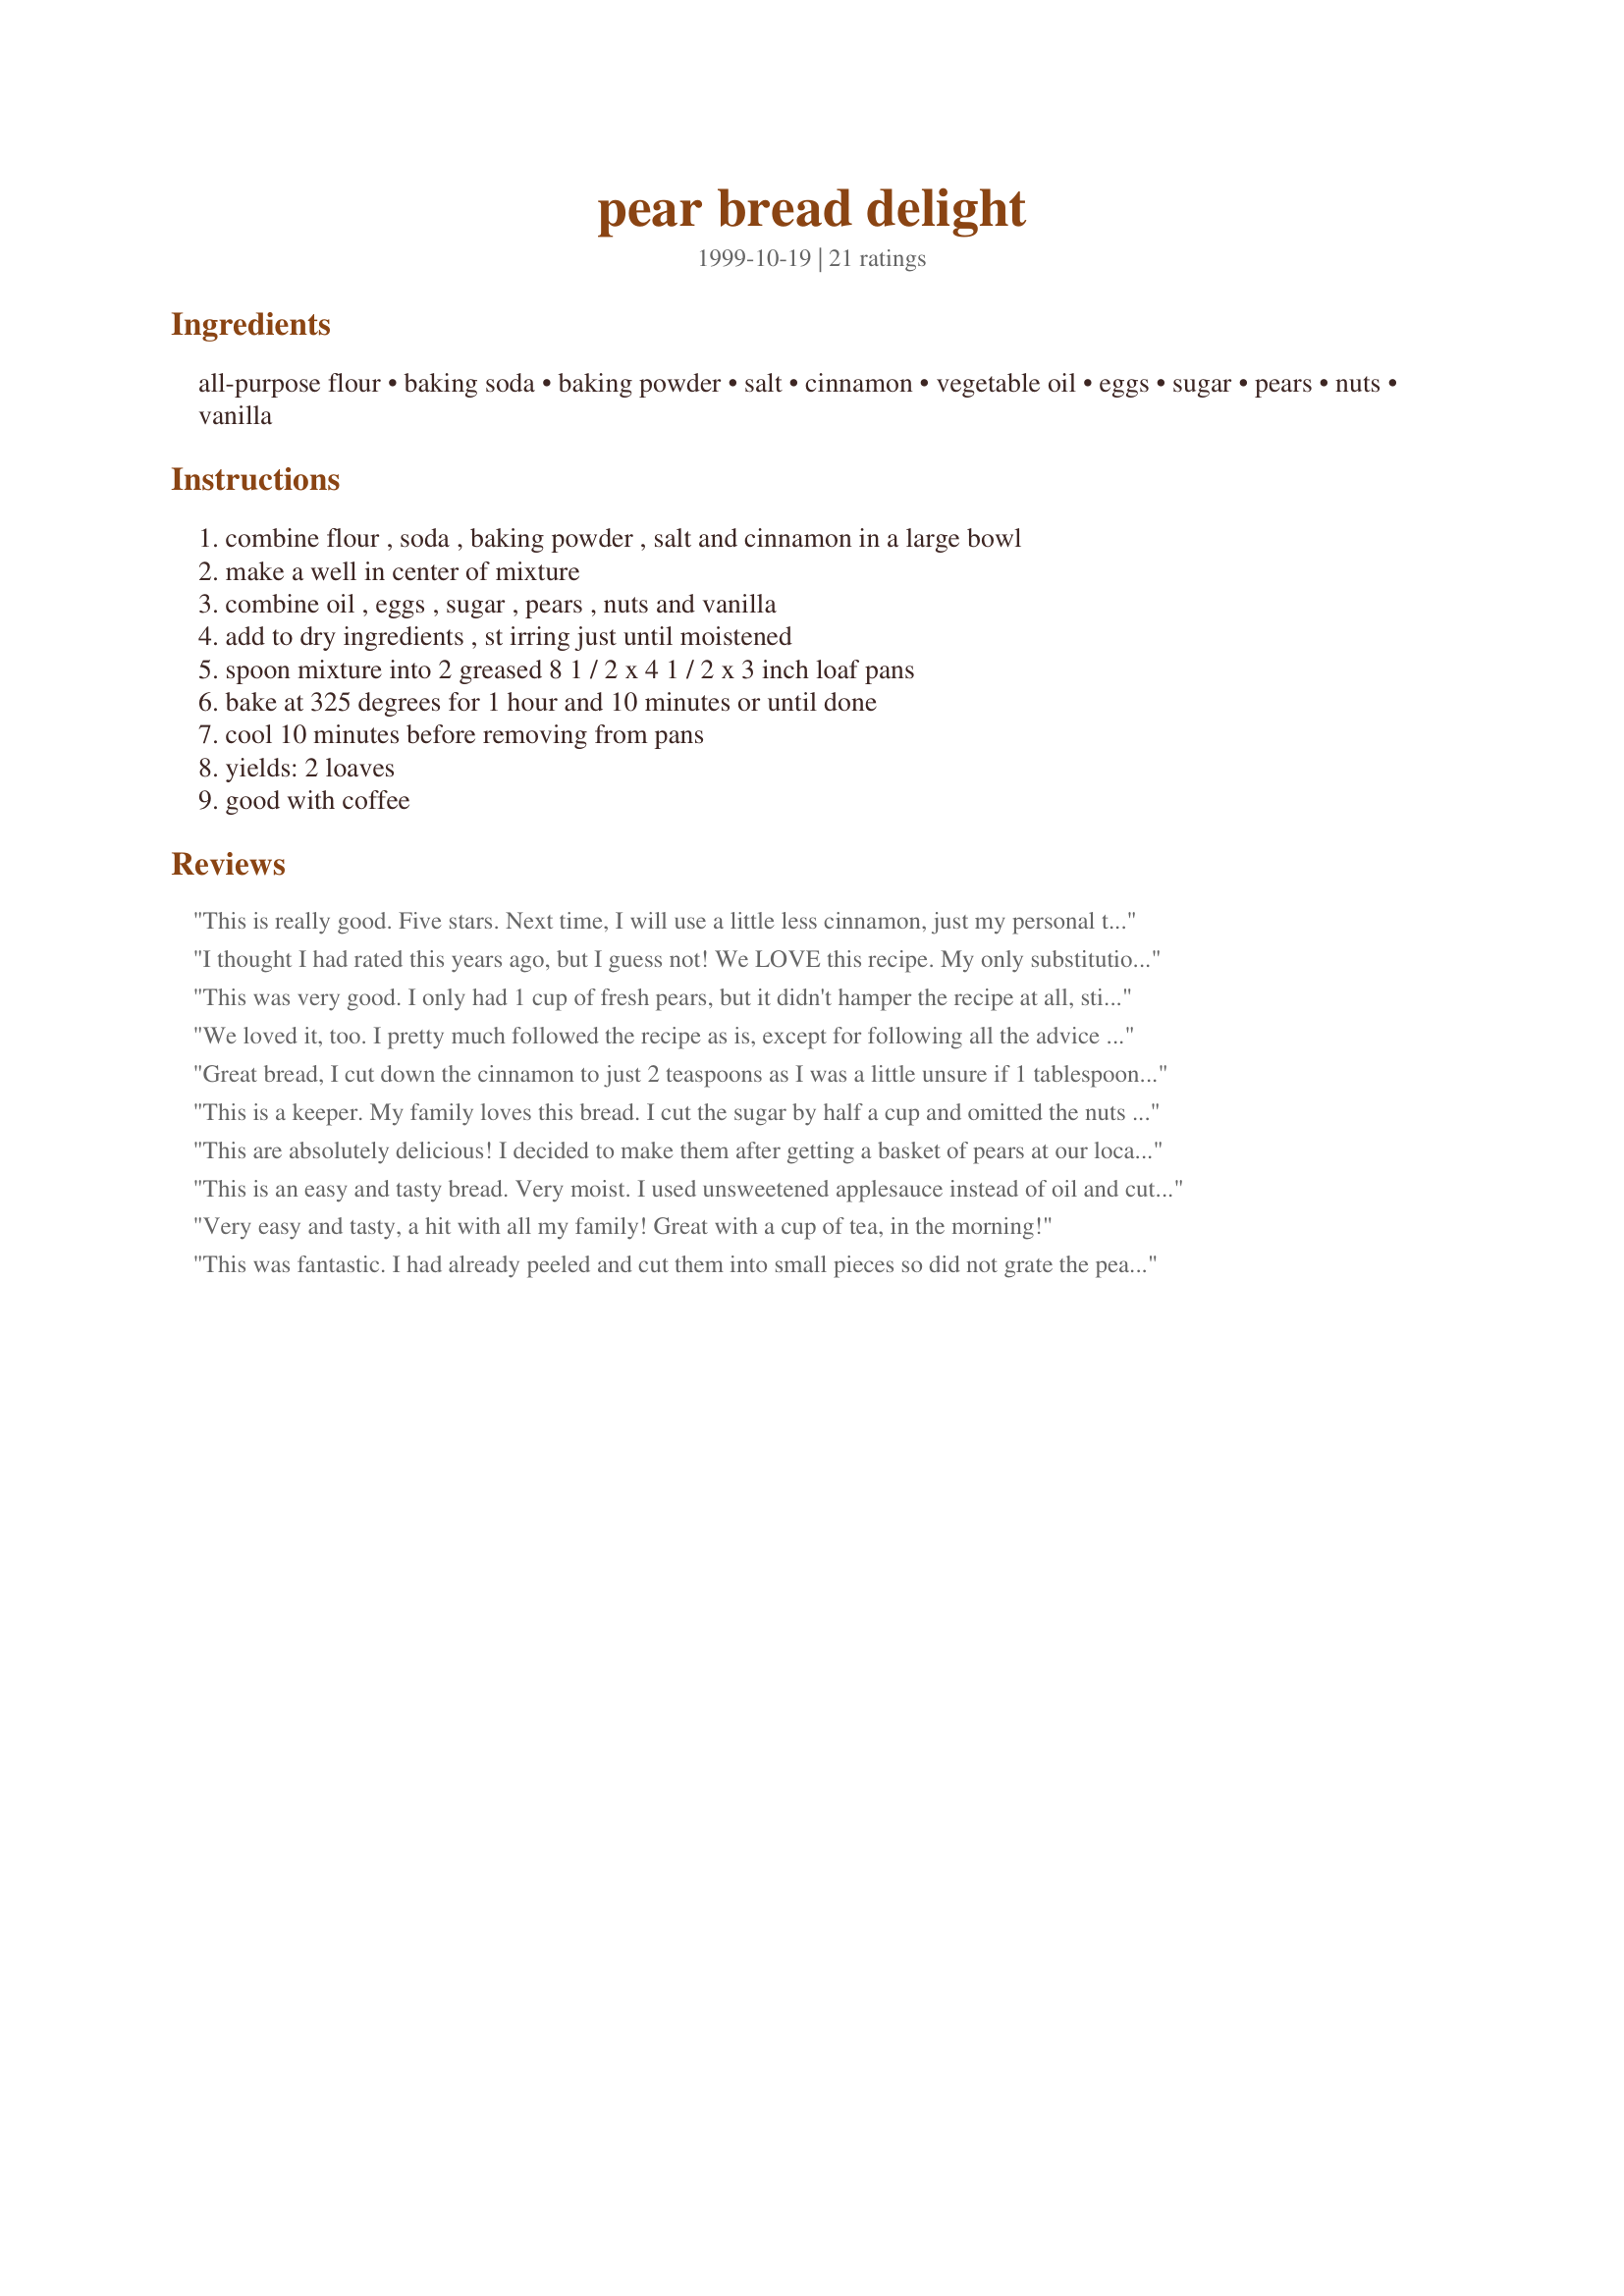
pear bread delight
Preparation time: 0 minutes

Ingredients:
all-purpose flour, baking soda, baking powder, salt, cinnamon, vegetable oil, eggs, sugar, pears, nuts, vanilla

Steps:
combine flour , soda , baking powder , salt and cinnamon in a large bowl, make a well in center of mixture, combine oil , eggs , sugar , pears , nuts and vanilla, add to dry ingredients , st irring just until moistened, spoon mixture into 2 greased 8 1 / 2 x 4 1 / 2 x 3 inch loaf pans, bake at 325 degrees for 1 hour and 10 minutes or until done, cool 10 minutes before removing from pans, yields: 2 loaves, good with coffee

Reviews:
This is really good. Five stars. Next time, I will use a little less cinnamon, just my personal taste, but it was great as is.
I thought I had rated this years ago, but I guess not! We LOVE this recipe. My only substitutions are to use 2 cups whole wheat flour and one of all-purpose flour, and applesauce instead of oil. Yummy!
This was very good. I only had 1 cup of fresh pears, but it didn't hamper the recipe at all, still has a great pear taste. The only other thing I did differently was put about 4 Tbsp. of poppy seeds. Yumm-o for sure!
We loved it, too. I pretty much followed the recipe as is, except for following all the advice about cutting down on the sugar...I used 1 1/2 cups and it was fine. Definitely a keeper!
Great bread, I cut down the cinnamon to just 2 teaspoons as I was a little unsure if 1 tablespoon would overwhelm the recipe and I didn't grate the pears just cubed the very small as they were very ripe. I loved the texture of the bread with the nuts and the hint of cinnamon, not too sweet and great with coffee. Definately will make this again, thank you for the terrific recipe.
This is a keeper. My family loves this bread. I cut the sugar by half a cup and omitted the nuts for my daughter but otherwise followed the recipe. It took three pears to make two cups and it came out nice and moist.
This are absolutely delicious! I decided to make them after getting a basket of pears at our local Amish market, and it tastes great. I made the recipe into muffins because I plan on giving some to my neighborhood (if I can stop eating them). I used walnuts, and I used 1 cup of splenda and 1 cup sugar because I was almost out of sugar. The recipe produced 24 mini muffins and 6 regular muffins. Thank you so much!
This is an easy and tasty bread. Very moist. I used unsweetened applesauce instead of oil and cut back on the sugar by 1/2 cup. Turned out great! Thanks!
Very easy and tasty, a hit with all my family! Great with a cup of tea, in the morning!
This was fantastic. I had already peeled and cut them into small pieces so did not grate the pears, but worked just fine.
Thank you very much.
This is lovely, but wish I had read more reviews and reduced the sugar. I used 3 very ripe &quot;packham&quot; pears that I didn&#039;t want to throw out, after peeling them I chopped them fine as I knew grating them wouldn&#039;t work. I would prefer pieces of pear in the bread, so next time I will chop the pears larger (but this is personal preference). I added 1 cup of chopped walnuts (which due to their bitterness cuts back on the sweetness, slightly). I added maple essence and baked this in a large bunt tin. I will make this again, but with less sugar and larger pear peices. Thanks for posting!
I really liked this. I did make a few modifications--subbed grounded ginger for cinnamon (sorry, not a big fan of cinnamon), stevia for sugar (and added 1 tsp baking soda as suggested per their baking tips). I didn't have any nuts but plan to get some so I can make some more of this bread. I plan to make several loaves while the pear tree is producing and freeze them to have for the holiday meals. Thanks for a great recipe! Hope you don't mind the modifications.
I added canned pears b/c the ones I used weren't ripe enough. The second time I made it I just cut up canned pears (in cinnamon) and poured in about 1/3-1/2 of the juice. It made it VERY sweet. yummy
Great bread.The pear taste is pretty subtle but I liked the spiciness.I added a cup of shredded zucchini to mine and 1/2 tsp of nutmeg.I also used 1/2 cup of oil and 1/2 cup of applesauce and it turned out extremely moist.I didn't think it was too sweet at all and I used 1 cup brown sugar and 1 cup white sugar.Instead of grating the pears I just chopped them up into small pieces.The bread turned out great and I really liked the addition of zucchini.
The Best Quick Bread EVER!! I love it! I cut the sugar to 1 1/2 cups and used about 3/4 Tbl. cinnamon, but kept the rest as written. Thanks for the recipe!
I came across this recipe, while looking for something to make for church fellowship. My mistake was making it on Friday. I don't think it's going to last till Sunday morning, my kids have already devoured half & I doubled the batch. I used 1/2 cup of butter, instead of oil & no nuts. Of all the "pear bread" recipes I looked at, I'm glad that I went with this one. Thanks for a new family favorite!
I thought is was really good...I would have liked a little more pear flavor but that is just a personal preference. I will be making this again, but with some diced per in it as well. Thank you for sharing.
Wow, I just made this bread and can't wait to make it again! It smelled so good as it baked and the taste was simply out of this world. I just had to try it as soon as I took it out of the pan. I added walnuts this time and may try pecans the next time I make it (which won't be long!).
With a pear tree in the yard and a freezer in the basement this recipe was great for me. The only thing I changed was that I used canola oil instead of vegetable oil and I used grated pears as well as coarsely chopped thin slices of pears. The taste of this bread was great.
Yummy! I live in Florida and have a ton of sand pears to use right now. Because these are grated, the pears cooked great in this recipe. They are a very hard pear. Thanks for giving me a great use for them now!
I found this had a slightly metallic taste but I had substituted pear liquor for vanilla. I wasn&#039;t impressed with the texture either but I might have screwed it up
